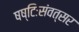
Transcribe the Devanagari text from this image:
षष्टिःसंवत्सर